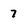
Character: 7